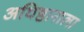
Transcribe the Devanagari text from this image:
अधिष्ठानाला